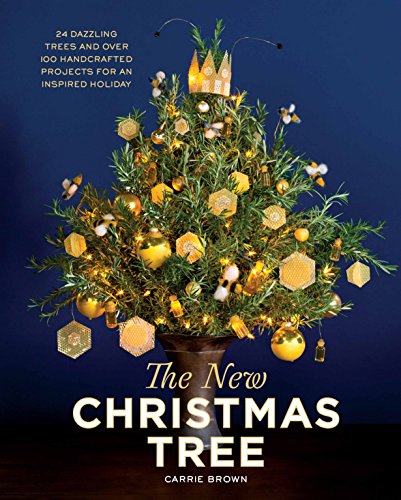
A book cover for The New Christmas Tree: 24 Dazzling Trees and Over 100 Handcrafted Projects for an Inspired Holiday; Carrie Brown; Crafts, Hobbies & Home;